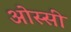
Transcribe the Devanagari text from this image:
ओस्सी